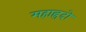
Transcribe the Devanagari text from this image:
महाह्रदो